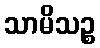
သာမိသဉ္စ